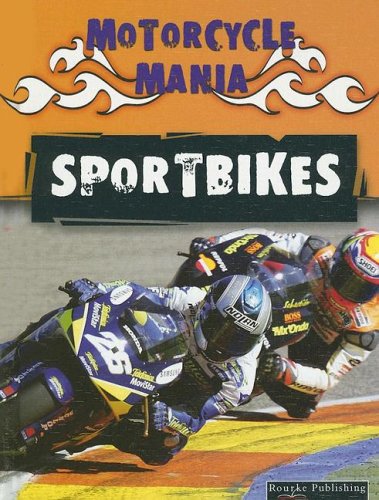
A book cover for Sportbikes (Motorcycle Mania); David Armentrout; Children's Books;